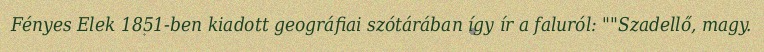
Fényes Elek 1851-ben kiadott geográfiai szótárában így ír a faluról: ""Szadellő, magy.